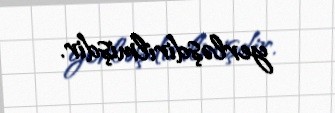
yerləşdirilmişdir.